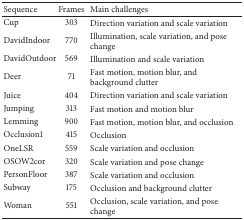
| Sequence | Frames | Main challenges |
 | --- | --- | --- |
 | Cup | 303 | Direction variation and scale variation |
 | DavidIndoor | 770 | Illumination, scale variation, and pose change |
 | DavidOutdoor | 569 | Illumination and scale variation |
 | Deer | 71 | Fast motion, motion blur, and background clutter |
 | Juice | 404 | Direction variation and scale variation |
 | Jumping | 313 | Fast motion and motion blur |
 | Lemming | 900 | Fast motion, motion blur, and occlusion |
 | Occlusion1 | 415 | Occlusion |
 | OneLSR | 559 | Scale variation and occlusion |
 | OSOW2cor | 320 | Scale variation and pose change |
 | PersonFloor | 387 | Scale variation and occlusion |
 | Subway | 175 | Occlusion and background clutter |
 | Woman | 551 | Occlusion, scale variation, and pose change |